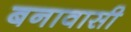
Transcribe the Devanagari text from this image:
बनावासी